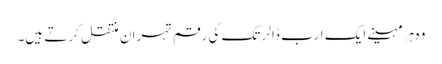
وہ ہر مہینے ایک ارب ڈالر تک کی رقم تہران منتقل کر تے ہیں۔